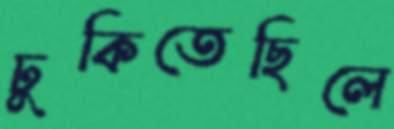
ঢুকিতেছিলে